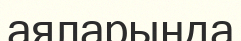
аяларында